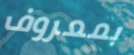
بمعروف